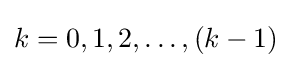
k=0,1,2,\ldots ,(k-1)